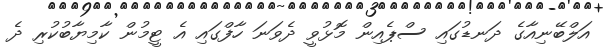
އަލްބޭނިއާގެ ދަނޑުގައި ސްޕެއިން މޮޅުވީ ދެވަނަ ހާފްގައި އެ ޓީމުން ކާމިޔާބުކުރި ދެ